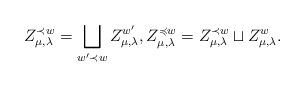
LaTeX: \begin{align*}Z_{\mu,\lambda}^{\prec w} = \bigsqcup_{w'\prec w}Z_{\mu,\lambda}^{w'},Z_{\mu,\lambda}^{\preccurlyeq w} = Z_{\mu,\lambda}^{\prec w} \sqcup Z_{\mu,\lambda}^w.\end{align*}